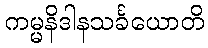
ကမ္မနိဒါနသင်္ခယောတိ